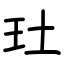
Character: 𤣰